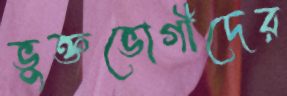
ভুক্তভোগীদের